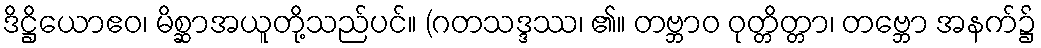
ဒိဋ္ဌိယောဧဝ၊ မိစ္ဆာအယူတို့သည်ပင်။ (ဂတသဒ္ဒဿ၊ ၏။ တဗ္ဘာဝ ဝုတ္တိတ္တာ၊ တဗ္ဘော အနက်၌